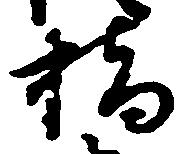
橋